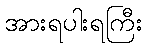
အားရပါးရကြီး